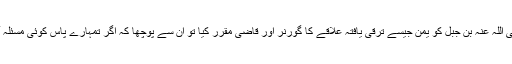
ایک موقع پر آپ صلی اللہ علیہ وسلم نے معاذ رضی اللہ عنہ بن جبل کو یمن جیسے ترقی یافتہ علاقے کا گورنر اور قاضی مقرر کیا تو ان سے پوچھا کہ اگر تمہارے پاس کوئی مسئلہ آئے یا مشکل درپیش ہو تو کیسے فیصلہ کرو گے؟